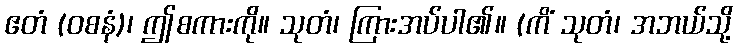
ဧတံ (ဝစနံ)၊ ဤစကားကို။ သုတံ၊ ကြားအပ်ပါ၏။ (ကိံ သုတံ၊ အဘယ်သို့